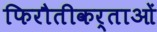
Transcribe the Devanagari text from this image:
फिरौतीकर्ताओं